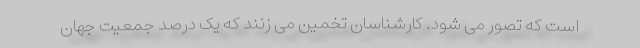
است که تصور می شود. کارشناسان تخمین می زنند که یک درصد جمعیت جهان